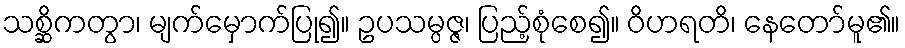
သစ္ဆိကတွာ၊ မျက်မှောက်ပြု၍။ ဥပသမ္ပဇ္ဇ၊ ပြည့်စုံစေ၍။ ဝိဟရတိ၊ နေတော်မူ၏။